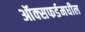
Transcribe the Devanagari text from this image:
ऑक्‍सफर्डमधील